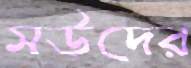
সউদের